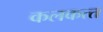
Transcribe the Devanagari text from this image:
कलकत्‍त